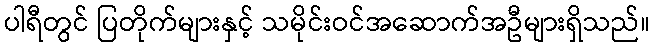
ပါရီတွင် ပြတိုက်များနှင့် သမိုင်းဝင်အဆောက်အဦများရှိသည်။